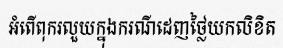
អំពើពុករលួយក្នុងករណីដេញថ្លៃយកលិខិត